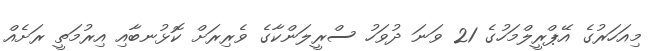
މިއަހަރުގެ އޭޕްރީލްމަހުގެ 21 ވަނަ ދުވަހު ސްރީލަންކާގެ ވެރިރަށް ކޮޅުނބާއި އިރުމަތީ ރަށެއް